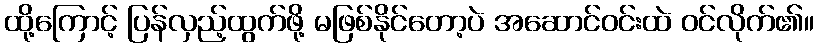
ထို့ကြောင့် ပြန်လှည့်ထွက်ဖို့ မဖြစ်နိုင်တော့ပဲ အဆောင်ဝင်းထဲ ဝင်လိုက်၏။